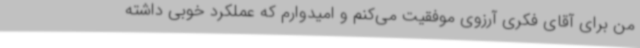
من برای آقای فکری آرزوی موفقیت می‌کنم و امیدوارم که عملکرد خوبی داشته